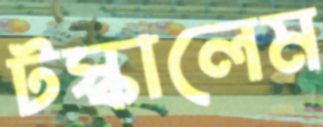
টস্‌কালেম